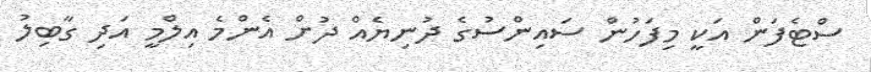
ސްޓެފަން އަކީ މިފަހުން ސައިންސުގެ ދުނިޔެއް ދުށް އެންމެ އިލްމީ އަދި ގާބިލު